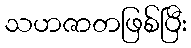
သဟဇာတဖြစ်ပြီး